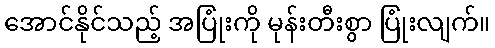
အောင်နိုင်သည့် အပြုံးကို မုန်းတီးစွာ ပြုံးလျက်။